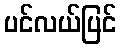
ပင်လယ်ပြင်